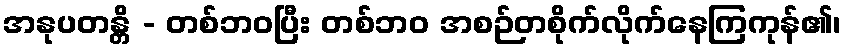
အနုပတန္တိ - တစ်ဘဝပြီး တစ်ဘဝ အစဉ်တစိုက်လိုက်နေကြကုန်၏၊